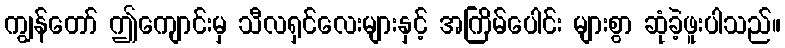
ကျွန်တော် ဤကျောင်းမှ သီလရှင်လေးများနှင့် အကြိမ်ပေါင်း များစွာ ဆုံခဲ့ဖူးပါသည်။